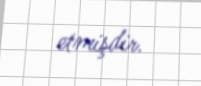
etmişdir.